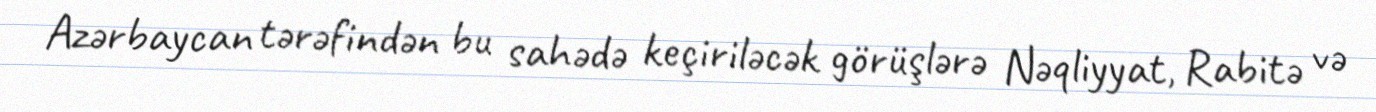
Azərbaycan tərəfindən bu sahədə keçiriləcək görüşlərə Nəqliyyat, Rabitə və